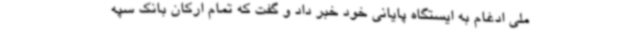
ملی ادغام به ایستگاه پایانی خود خبر داد و گفت که تمام ارکان بانک سپه